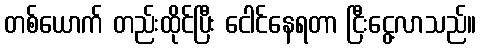
တစ်ယောက် တည်းထိုင်ပြီး ငေါင်နေရတာ ငြီးငွေ့လာသည်။